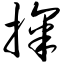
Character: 掬